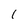
Character: 1